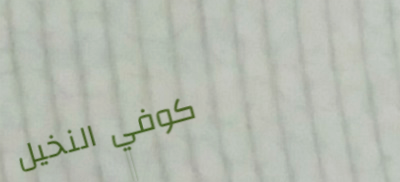
كوفي النخيل